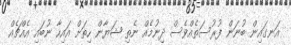
އަނގައިން ބުނަން ފުރުސަތެއްވެސް ދިނުމެއް ނެތި ޝަޔާން ހިތަށް އައިހާ ނުބައި އެއްޗެއް